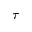
\tau